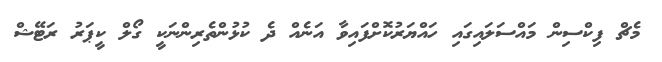
މެޗް ފިކްސިން މައްސަލައިގައި ހައްޔަރުކޮށްފައިވާ އަނެއް ދެ ކުޅުންތެރިންނަކީ ގޯލް ކީޕަރު ރަޓޭޝް